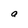
Character: a